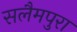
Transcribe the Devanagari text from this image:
सलैमपुरा